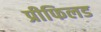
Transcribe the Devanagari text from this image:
प्रीफिलड